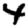
Digit: 4